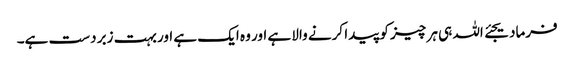
فرمادیجئے اللہ ہی ہر چیز کو پیدا کرنے والا ہے اور وہ ایک ہے اور بہت زبر دست ہے۔